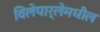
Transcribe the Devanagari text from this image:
विलेपार्लेमधील